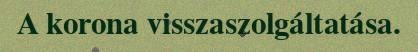
A korona visszaszolgáltatása.